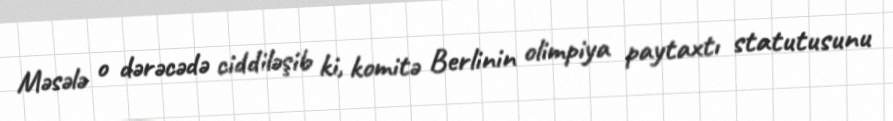
Məsələ o dərəcədə ciddiləşib ki, komitə Berlinin olimpiya paytaxtı statutusunu